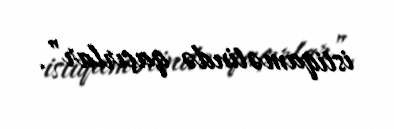
istiqamətində qaçırlar”.